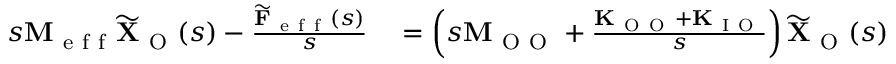
\begin{array} { r l } { s \mathbf { M } _ { \mathrm { ~ e ~ f ~ f ~ } } \widetilde { \mathbf { X } } _ { \mathrm { ~ O ~ } } ( s ) - \frac { \widetilde { \mathbf { F } } _ { \mathrm { ~ e ~ f ~ f ~ } } ( s ) } { s } } & { { } = \left( s \mathbf { M } _ { \mathrm { ~ O ~ O ~ } } + \frac { \mathbf { K } _ { \mathrm { ~ O ~ O ~ } } + \mathbf { K } _ { \mathrm { ~ I ~ O ~ } } } { s } \right) \widetilde { \mathbf { X } } _ { \mathrm { ~ O ~ } } ( s ) } \end{array}